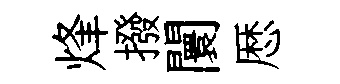
烽撥闤厯